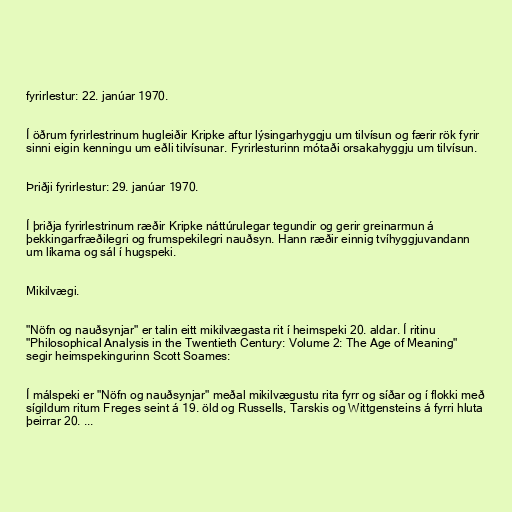
fyrirlestur: 22. janúar 1970.

Í öðrum fyrirlestrinum hugleiðir Kripke aftur lýsingarhyggju um tilvísun og færir rök fyrir
sinni eigin kenningu um eðli tilvísunar. Fyrirlesturinn mótaði orsakahyggju um tilvísun.

Þriðji fyrirlestur: 29. janúar 1970.

Í þriðja fyrirlestrinum ræðir Kripke náttúrulegar tegundir og gerir greinarmun á
þekkingarfræðilegri og frumspekilegri nauðsyn. Hann ræðir einnig tvíhyggjuvandann
um líkama og sál í hugspeki.

Mikilvægi.

"Nöfn og nauðsynjar" er talin eitt mikilvægasta rit í heimspeki 20. aldar. Í ritinu
"Philosophical Analysis in the Twentieth Century: Volume 2: The Age of Meaning"
segir heimspekingurinn Scott Soames:

Í málspeki er "Nöfn og nauðsynjar" meðal mikilvægustu rita fyrr og síðar og í flokki með
sígildum ritum Freges seint á 19. öld og Russells, Tarskis og Wittgensteins á fyrri hluta
þeirrar 20. ...